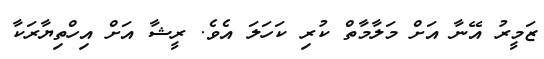
ޒަމީރު އޭނާ އަށް މަލާމާތް ކުރި ކަހަލަ އެވެ. ރީޝާ އަށް އިހްތިޔާރަކާ